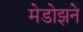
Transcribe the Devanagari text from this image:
मेडोझने